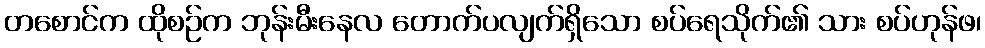
တစောင်က ထိုစဉ်က ဘုန်းမီးနေလ တောက်ပလျက်ရှိသော စပ်ရေသိုက်၏ သား စပ်ဟုန်ဖ၊